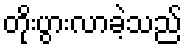
တိုးပွားလာခဲ့သည်